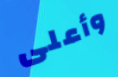
وأعلى